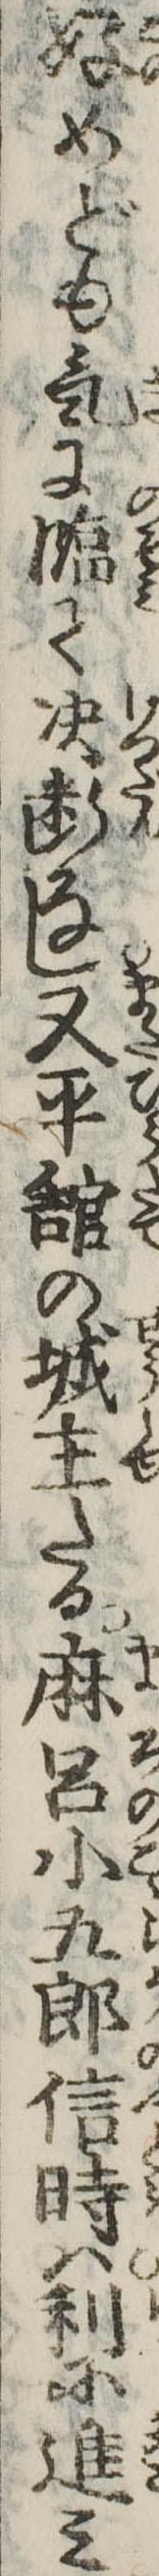
好めども気に臨て決断なし又平館の城主たる麻呂小五郎信時は利に進み